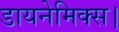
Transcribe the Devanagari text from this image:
डायनेमिक्स।